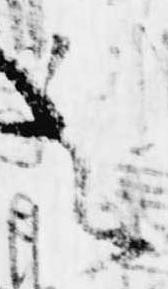
之